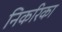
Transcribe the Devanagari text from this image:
निकरिका